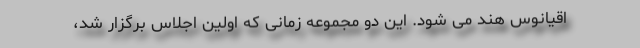
اقیانوس هند می شود. این دو مجموعه زمانی که اولین اجلاس برگزار شد،